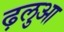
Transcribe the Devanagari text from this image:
ढ़लुआ